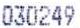
030249